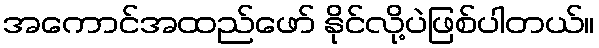
အကောင်အထည်ဖော် နိုင်လို့ပဲဖြစ်ပါတယ်။